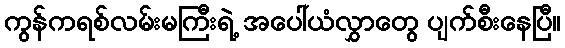
ကွန်ကရစ်လမ်းမကြီးရဲ့ အပေါ်ယံလွှာတွေ ပျက်စီးနေပြီ။